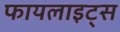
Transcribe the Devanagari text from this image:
फायलाइट्स